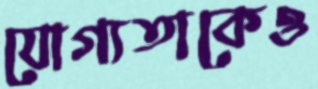
যোগ্যতাকেও